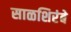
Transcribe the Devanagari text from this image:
साळशिरंबे